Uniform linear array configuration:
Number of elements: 4
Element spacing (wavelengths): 1
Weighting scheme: hamming
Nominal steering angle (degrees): -30
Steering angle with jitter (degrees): -31.822
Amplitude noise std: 0.05
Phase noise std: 0.05

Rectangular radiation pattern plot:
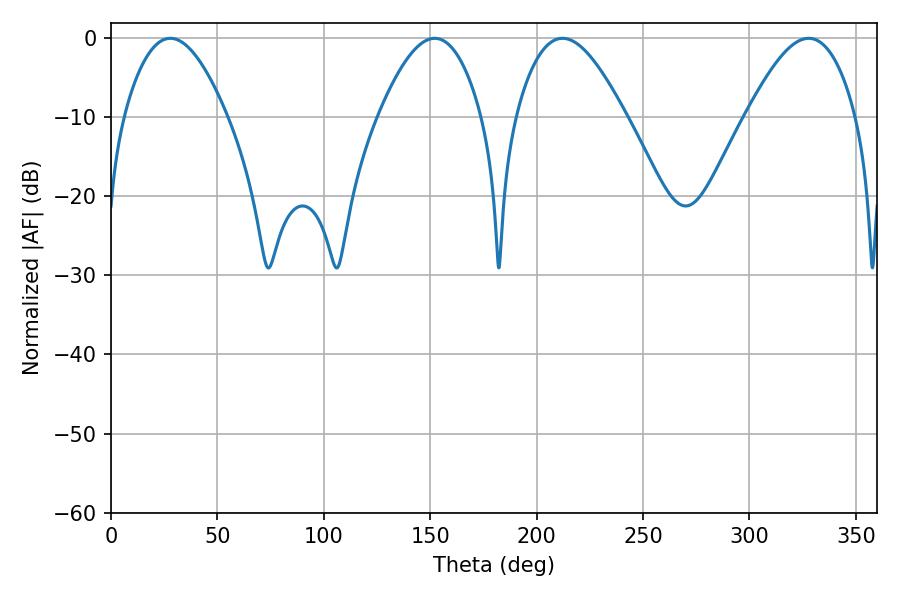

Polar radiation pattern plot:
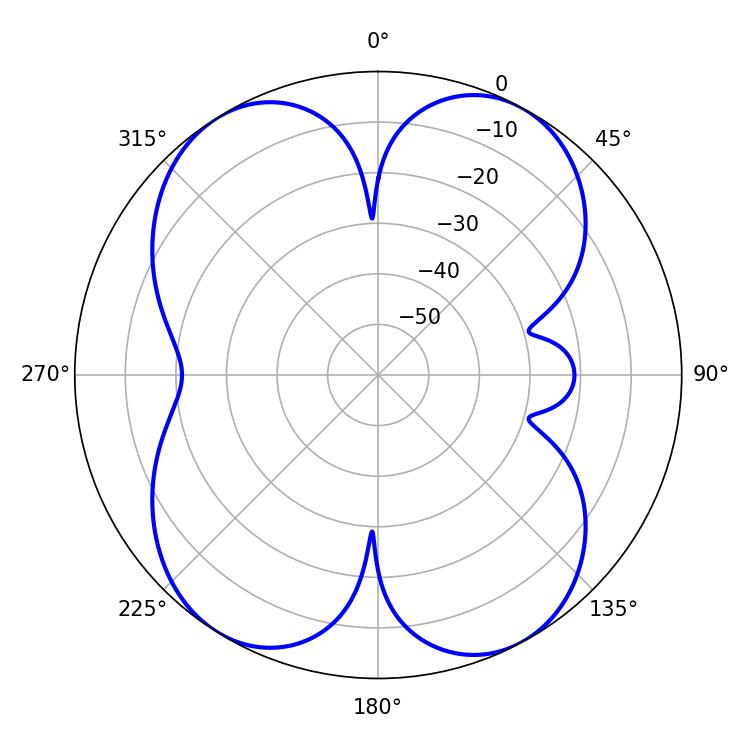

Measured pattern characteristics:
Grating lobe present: TRUE
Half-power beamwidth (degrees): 26.46
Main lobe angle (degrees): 27.9